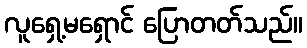
လူရှေ့မရှောင် ပြောတတ်သည်။